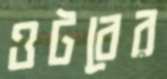
ওটবের